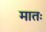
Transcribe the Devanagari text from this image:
मातः